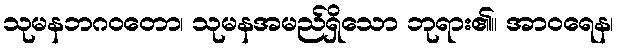
သုမနဘဂဝတော၊ သုမနအမည်ရှိသော ဘုရား၏။ အာဝရေန၊